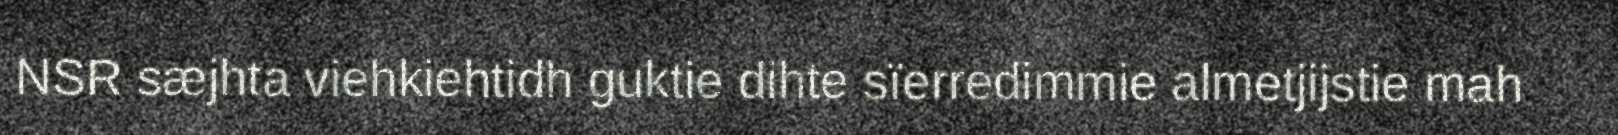
NSR sæjhta viehkiehtidh guktie dihte sïerredimmie almetjijstie mah